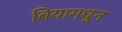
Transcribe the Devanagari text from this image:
बियामधून